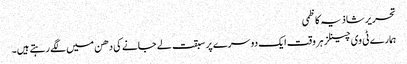
تحریر شاذیہ کاظمی
ہمارے ٹی وی چینلز ہر وقت ایک دوسرے پر سبقت لے جانے کی دھن میں لگے رہتے ہیں۔